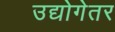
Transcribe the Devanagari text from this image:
उद्योगेतर